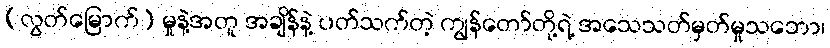
(လွတ်မြောက်) မှုနဲ့အတူ အချိန်နဲ့ ပတ်သက်တဲ့ ကျွန်တော်တို့ရဲ့ အသေသတ်မှတ်မှုသဘော၊